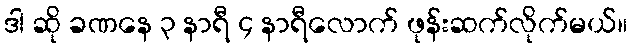
ဒါ ဆို ခဏနေ ၃ နာရီ ၄ နာရီလောက် ဖုန်းဆက်လိုက်မယ်။